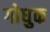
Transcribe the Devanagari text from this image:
गोधुक